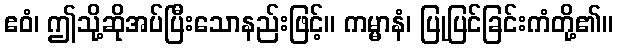
ဧဝံ၊ ဤသို့ဆိုအပ်ပြီးသောနည်းဖြင့်။ ကမ္မာနံ၊ ပြုပြင်ခြင်းကံတို့၏။